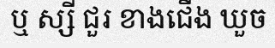
ឬ ស្សី ជួរ ខាងជើង ឃួច